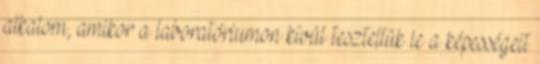
alkalom, amikor a laboratóriumon kívül teszteltük le a képességeit